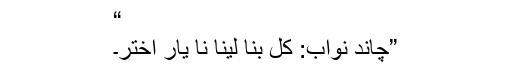
“
”چاند نواب: کل بنا لینا نا یار اختر۔